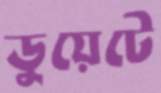
ডুয়েটে